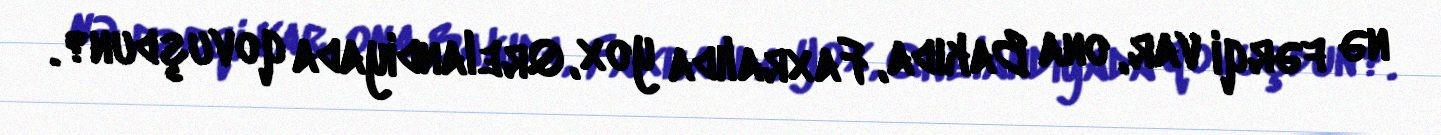
nə fərqi var, ona Bakıda, Faxralıda yox, Qrelandiyada qovuşdun?.